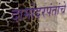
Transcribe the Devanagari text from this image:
दामोदरपंतांचे